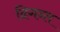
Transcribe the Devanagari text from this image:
दिगन्त